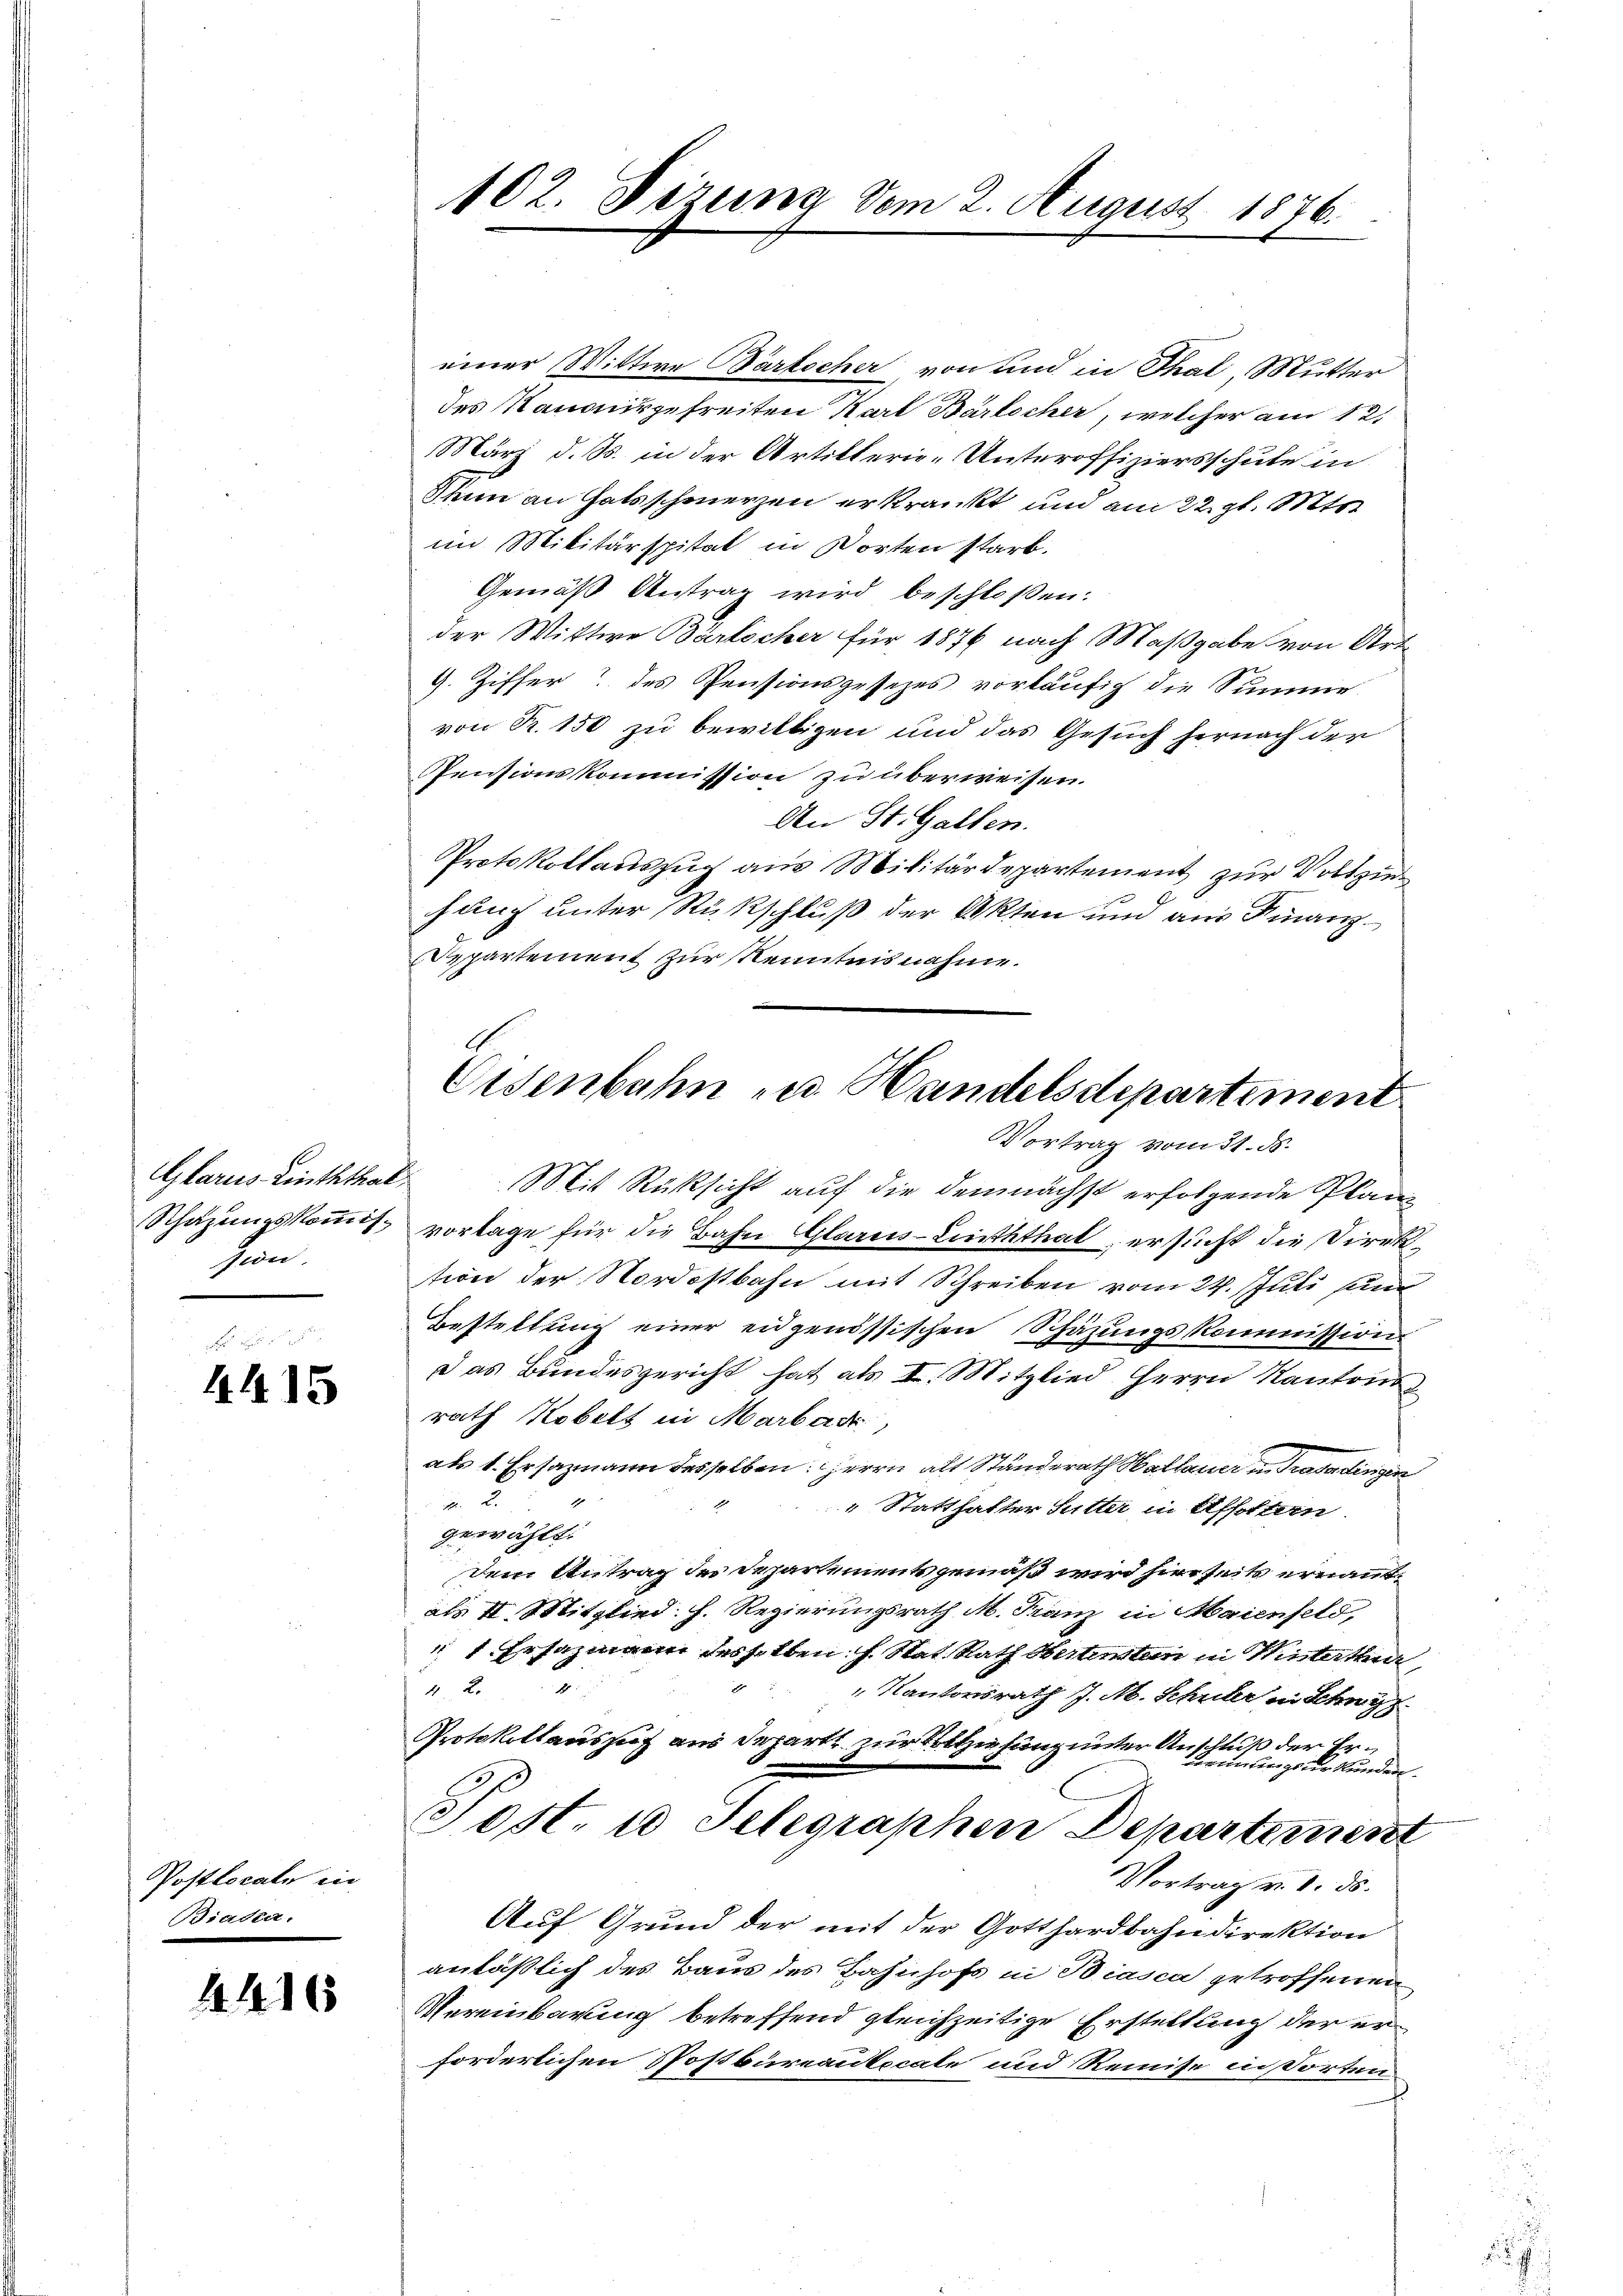
Glarus Linththal
sion.

4415

Postlocale in
Biada.

4416

102. Dizung vom 2. August 1876.

einer Wittwe Partscher, von und in Thal, Mutter
des Kanoningefreiten Karl Barkocher, welcher am 12.
März d. S. in der Artillerie-Unteroffiziersschule in
Thun an Gatsschmerzen erkrankt und am 22. gl. Mts.
im Militärspital in Dorten starb.
Gemäß Antrag wird beschloßen:
der Wittwe Bärlicher für 1876 nach Maßgabe von Art
G. Ziffer des Pensionsgesezes vorläufig die Summe
von R. 150 zu bewilligen und das Gesuch hernach der
Pensionskommission zu überweisen.
An St. Gallen.
Protokollauszug aus Militärdepartement zur Vollziehang unter Rückschluß der Akten und aus Finanz¬
Departement zur Kenntnisnahme.
Mit Rücksicht auf die demnächst erfolgende Plan¬
Schazungskoṁis vorlage für die Bahn Glarus-Linththal ersucht die Direktion der Nordostbahn mit Schreiben vom 24. Juli sin
Bestellung einer eidgenössischen Schazungskommission
Das Bundesgericht hat als I. Mitglied Herrn Kantons
rath Kobelt in Marbark
als 1. Ersazmann desselben: Herrn als Standerath Hallauen Trasadingen
v 2.
" Statthalter Sutter in Affoltern
gewählt.
Dem Antrag des Departementsgemäß wird hierseit ernannt,
als II. Mitglied. h. Regierungsrath M. Franz in Maienfeld,
 f. Ersatzmann desselben h. Stat. Rath Wertenten in Mistetten
22
" Kantonsrath J. M. Schuler in Schwyz
Protokollauszug aus Departe nur Vollerfung unter Anschluß der Errinungsurkunden.
Sost. 10 Selegraphen Departement
Vortrag v. 1. ds.
Auf Grund der mit der Gotthardbahndirektion
anläßlich des Baus des Bahnhofs in Biasca getroffenen
Vereinbarung betreffend gleichzeitige Erstellung der erforderlichen Postbureanticale und Remise in dorten

Eisenbahn zu Handelsdepartement
Vortrag vom 31. ds.